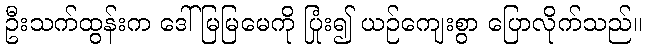
ဦးသက်ထွန်းက ဒေါ်မြမြမေကို ပြုံး၍ ယဉ်ကျေးစွာ ပြောလိုက်သည်။